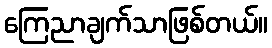
ကြေညာချက်သာဖြစ်တယ်။